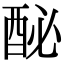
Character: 𨠔